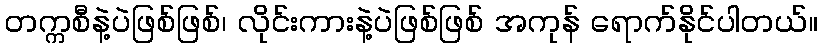
တက္ကစီနဲ့ပဲဖြစ်ဖြစ်၊ လိုင်းကားနဲ့ပဲဖြစ်ဖြစ် အကုန် ရောက်နိုင်ပါတယ်။